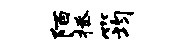
陌拯筠